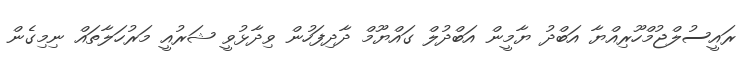
ރައީސުލްޖުމްހޫރިއްޔާ އަބްދު ޔާމީން އަބްދުލް ގައްޔޫމް ދާދިފަހުން ވިދާޅުވީ ޝަރުއީ މަރުހަލާތައް ނިމިގެން